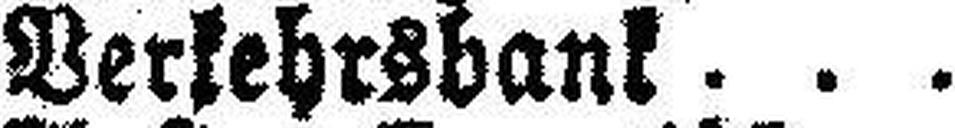
Verkehrsbank